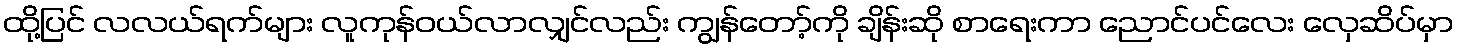
ထို့ပြင် လလယ်ရက်များ လူကုန်ဝယ်လာလျှင်လည်း ကျွန်တော့်ကို ချိန်းဆို စာရေးကာ ညောင်ပင်လေး လှေဆိပ်မှာ